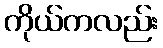
ကိုယ်ကလည်း